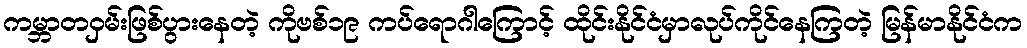
ကမ္ဘာတဝှမ်းဖြစ်ပွားနေတဲ့ ကိုဗစ်၁၉ ကပ်ရောဂါကြောင့် ထိုင်းနိုင်ငံမှာလုပ်ကိုင်နေကြတဲ့ မြန်မာနိုင်ငံက